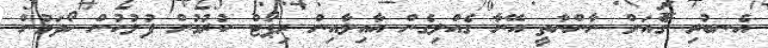
އެނބުރި ގެއަށް ނާންނާތީ އޭނާ ގެއްލިގެން އާއިލާއިން ރިޕޯޓް ކުރުމުން ފުލުހުން ހޯދަމުން